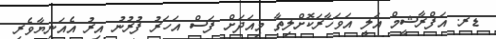
ޑރ. އަފްރާޝީމް އަލީ އަވަހާރަކޮށްލިތާ މިއަދަށް ފަސް އަހަރު ފުރުނު އިރު އެއަނިޔާވެރި